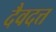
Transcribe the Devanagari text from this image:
दैवदत्त